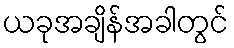
ယခုအချိန်အခါတွင်